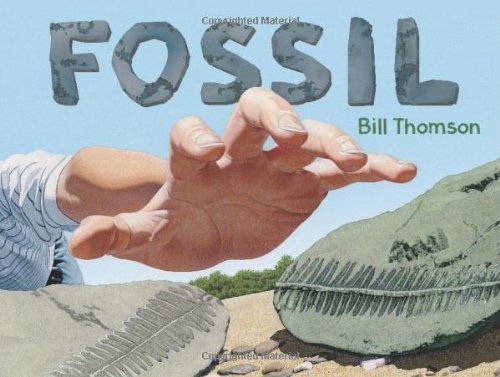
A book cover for Fossil; Bill Thomson; Reference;